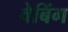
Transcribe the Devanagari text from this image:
वेबिंग